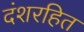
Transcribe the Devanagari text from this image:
दंशरहित